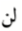
لن